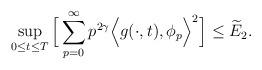
LaTeX: \begin{align*} \sup_{0 \le t \le T } \Big[\sum_{p=0}^\infty p^{2\gamma} \Big<g(\cdot,t), \phi_p\Big>^2\Big] \le \widetilde E_2.\end{align*}